Civil Veterinary Dept. North-West Frontier Province 1923-32 - 1923-1932
Year: 1923
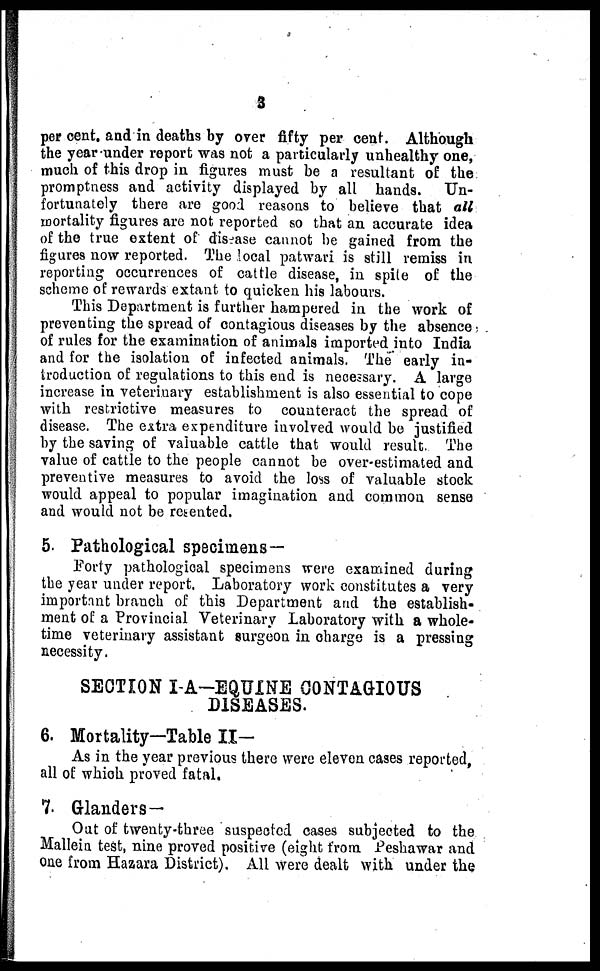
3
per cent. and in deaths by over fifty per cent. Although
the year under report was not a particularly unhealthy one,
much of this drop in figures must be a resultant of the
promptness and activity displayed by all hands. Un-
fortunately there are good reasons to believe that all
mortality figures are not reported so that an accurate idea
of the true extent of disease cannot be gained from the
figures now reported. The local patwari is still remiss in
reporting occurrences of cattle disease, in spite of the
scheme of rewards extant to quicken his labours.
This Department is further hampered in the work of
preventing the spread of contagious diseases by the absence
of rules for the examination of animals imported into India
and for the isolation of infected animals. The early in-
troduction of regulations to this end is necessary. A large
increase in veterinary establishment is also essential to cope
with restrictive measures to counteract the spread of
disease. The extra expenditure involved would be justified
by the saving of valuable cattle that would result. The
value of cattle to the people cannot be over-estimated and
preventive measures to avoid the loss of valuable stock
would appeal to popular imagination and common sense
and would not be resented.
5. Pathological specimens —
Forty pathological specimens were examined during
the year under report. Laboratory work constitutes a very
important branch of this Department and the establish-
ment of a Provincial Veterinary Laboratory with a whole-
time veterinary assistant surgeon in charge is a pressing
necessity.
SECTION I-A—EQUINE CONTAGIOUS
DISEASES.
6. Mortality—Table II—
As in the year previous there were eleven cases reported,
all of which proved fatal.
7. Glanders —
Out of twenty-three suspected cases subjected to the
Mallein test, nine proved positive (eight from Peshawar and
one from Hazara District). All were dealt with under the